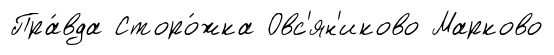
Пра́вда Сторо́жка Овс'ян'иково Марково